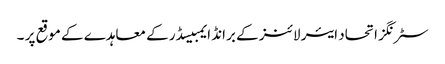
سٹرنگز اتحاد ایئر لائنز کے برانڈ ایمبیسڈر کے معاہدے کے موقع پر ۔